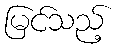
မြင်သည့်